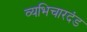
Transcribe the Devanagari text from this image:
व्यभिचारदंड